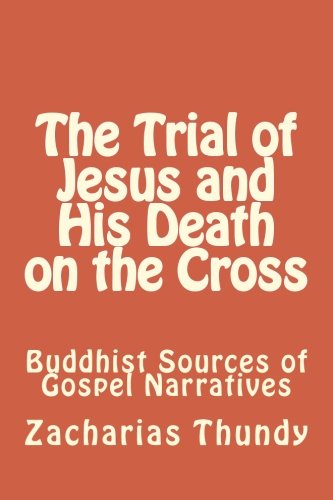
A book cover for The Trial of Jesus and His Death on the Cross: Buddhist Sources of Gospel Narratives; Prof Zacharias P Thundy; Christian Books & Bibles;